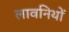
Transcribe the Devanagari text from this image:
लावनियों